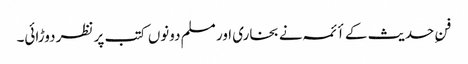
فنِ حدیث کے أئمہ نے بخاری اور مسلم دونوں کتب پر نظر دوڑائی۔